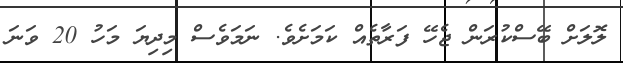
ލޮލަށް ބޭސްކުރަން ޖެހޭ ފަރާތެއް ކަމަށެވެ. ނަމަވެސް މިދިޔަ މަހު 20 ވަނަ